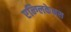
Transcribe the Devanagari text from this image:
एन्ग्लिकेनस